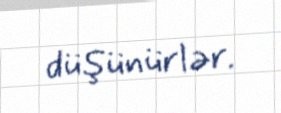
düşünürlər.